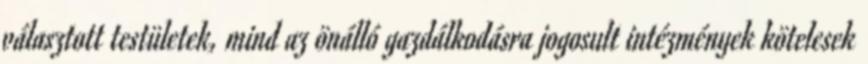
választott testületek, mind az önálló gazdálkodásra jogosult intézmények kötelesek